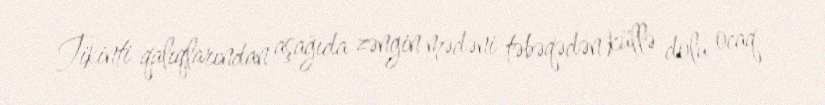
Tikinti qalıqlarından aşağıda zəngin mədəni təbəqədən küllə dolu ocaq